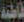
فاطمة